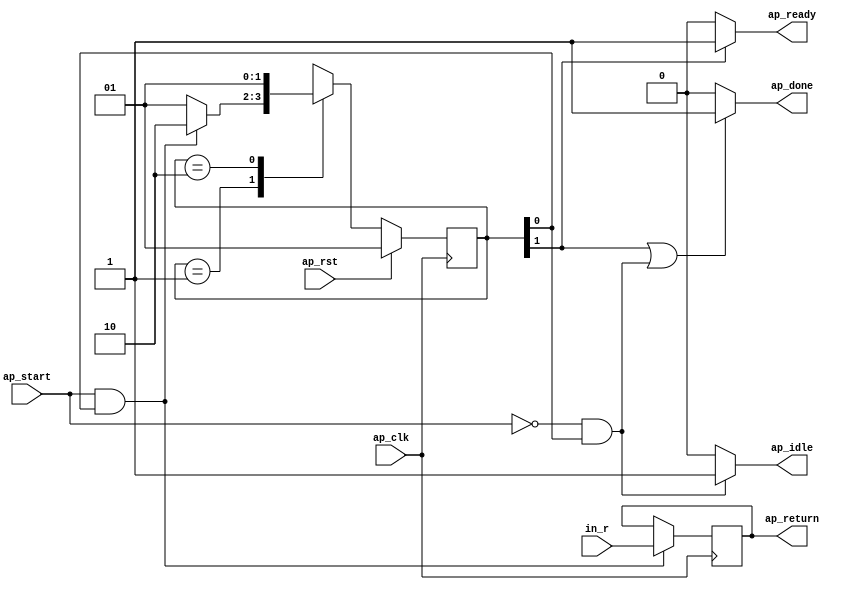
// ==============================================================
// RTL generated by Vivado(TM) HLS - High-Level Synthesis from C, C++ and SystemC
// Version: 2019.1
// Copyright (C) 1986-2019 Xilinx, Inc. All Rights Reserved.
// 
// ===========================================================

`timescale 1 ns / 1 ps 

module design_1_v_demosaic_0_0_reg_unsigned_short_s (
        ap_clk,
        ap_rst,
        ap_start,
        ap_done,
        ap_idle,
        ap_ready,
        in_r,
        ap_return
);

parameter    ap_ST_fsm_state1 = 2'd1;
parameter    ap_ST_fsm_state2 = 2'd2;

input   ap_clk;
input   ap_rst;
input   ap_start;
output   ap_done;
output   ap_idle;
output   ap_ready;
input  [10:0] in_r;
output  [10:0] ap_return;

reg ap_done;
reg ap_idle;
reg ap_ready;
reg[10:0] ap_return;

(* fsm_encoding = "none" *) reg   [1:0] ap_CS_fsm;
wire    ap_CS_fsm_state1;
wire    ap_CS_fsm_state2;
reg   [1:0] ap_NS_fsm;

// power-on initialization
initial begin
#0 ap_CS_fsm = 2'd1;
end

always @ (posedge ap_clk) begin
    if (ap_rst == 1'b1) begin
        ap_CS_fsm <= ap_ST_fsm_state1;
    end else begin
        ap_CS_fsm <= ap_NS_fsm;
    end
end

always @ (posedge ap_clk) begin
    if (((ap_start == 1'b1) & (1'b1 == ap_CS_fsm_state1))) begin
        ap_return <= in_r;
    end
end

always @ (*) begin
    if (((1'b1 == ap_CS_fsm_state2) | ((ap_start == 1'b0) & (1'b1 == ap_CS_fsm_state1)))) begin
        ap_done = 1'b1;
    end else begin
        ap_done = 1'b0;
    end
end

always @ (*) begin
    if (((ap_start == 1'b0) & (1'b1 == ap_CS_fsm_state1))) begin
        ap_idle = 1'b1;
    end else begin
        ap_idle = 1'b0;
    end
end

always @ (*) begin
    if ((1'b1 == ap_CS_fsm_state2)) begin
        ap_ready = 1'b1;
    end else begin
        ap_ready = 1'b0;
    end
end

always @ (*) begin
    case (ap_CS_fsm)
        ap_ST_fsm_state1 : begin
            if (((ap_start == 1'b1) & (1'b1 == ap_CS_fsm_state1))) begin
                ap_NS_fsm = ap_ST_fsm_state2;
            end else begin
                ap_NS_fsm = ap_ST_fsm_state1;
            end
        end
        ap_ST_fsm_state2 : begin
            ap_NS_fsm = ap_ST_fsm_state1;
        end
        default : begin
            ap_NS_fsm = 'bx;
        end
    endcase
end

assign ap_CS_fsm_state1 = ap_CS_fsm[32'd0];

assign ap_CS_fsm_state2 = ap_CS_fsm[32'd1];

endmodule //design_1_v_demosaic_0_0_reg_unsigned_short_s